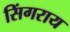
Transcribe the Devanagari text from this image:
सिंगराय